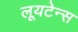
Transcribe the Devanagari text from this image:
लूयटेन्स